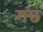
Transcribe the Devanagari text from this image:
गछ